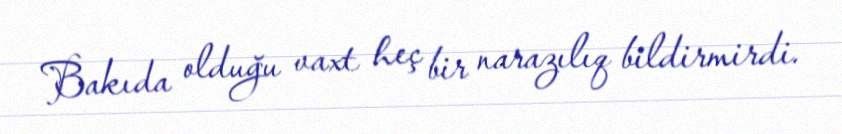
Bakıda olduğu vaxt heç bir narazılıq bildirmirdi.